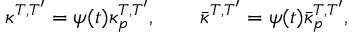
\kappa ^ { T , T ^ { \prime } } = \psi ( t ) \kappa _ { p } ^ { T , T ^ { \prime } } , \ ~ ~ ~ ~ ~ \bar { \kappa } ^ { T , T ^ { \prime } } = \psi ( t ) \bar { \kappa } _ { p } ^ { T , T ^ { \prime } } ,